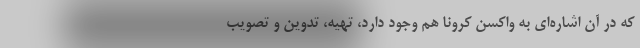
که در آن اشاره‌ای به واکسن کرونا هم وجود دارد، تهیه، تدوین و تصویب